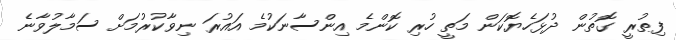
ފިޠުރީ ގޮތުން ދުޅަހެޔޮކަން މަތީ ހުރި ކޮންމެ އިންސާނަކުމެ އައުރަ ނިވާކުރުމަށް ސަމާލުވާނެ